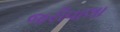
જરીવાલા